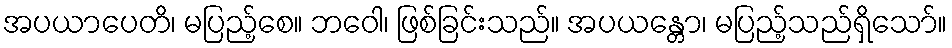
အပယာပေတိ၊ မပြည့်စေ။ ဘဝေါ၊ ဖြစ်ခြင်းသည်။ အပယန္တော၊ မပြည့်သည်ရှိသော်။